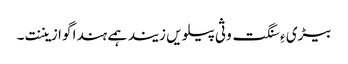
بیڑی ءِ سنگت وثی پیلویں زیند ہمے ہندا گوازیننت۔